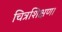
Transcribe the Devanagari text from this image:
चित्रशिक्षण।